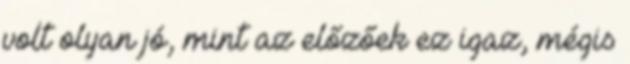
volt olyan jó, mint az előzőek ez igaz, mégis